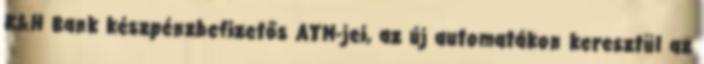
K&H Bank készpénzbefizetős ATM-jei, az új automatákon keresztül az